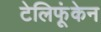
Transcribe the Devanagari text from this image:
टेलिफूंकेन